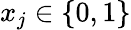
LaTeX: x_{j}\in\{ 0,1\}